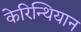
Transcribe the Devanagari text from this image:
केरिन्थियान